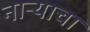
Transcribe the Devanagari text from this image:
नाऱ्याचा